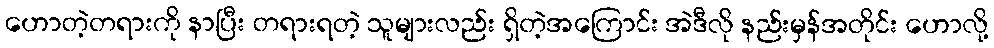
ဟောတဲ့တရားကို နာပြီး တရားရတဲ့ သူများလည်း ရှိတဲ့အကြောင်း အဲဒီလို နည်းမှန်အတိုင်း ဟောလို့